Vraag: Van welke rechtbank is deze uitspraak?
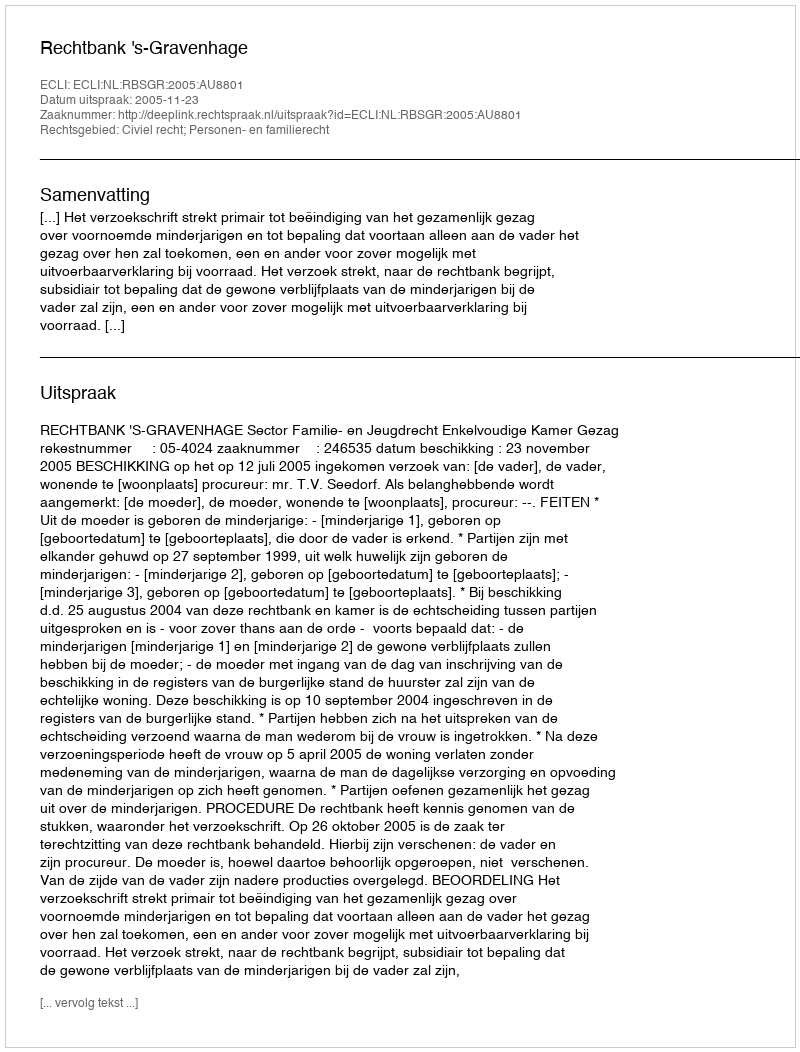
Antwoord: Rechtbank 's-Gravenhage